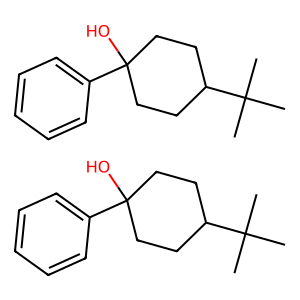
SMILES: CC(C)(C)C1CCC(O)(c2ccccc2)CC1.CC(C)(C)C1CCC(O)(c2ccccc2)CC1
Inhibits HIV replication: No